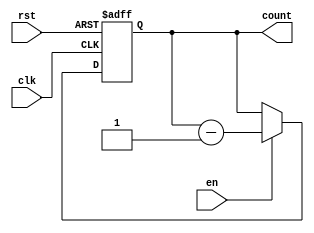
module ModuloN_DownCounter (
  input wire clk,
  input wire rst,
  input wire en,
  output reg [N-1:0] count
);

parameter N = 8; // specify the value of N

always @ (posedge clk or posedge rst) begin
  if(rst) begin
    count <= N; // reset to N when rst is high
  end else if(en) begin
    count <= count - 1; // decrement count when enabled
  end
end

endmodule